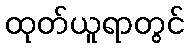
ထုတ်ယူရာတွင်